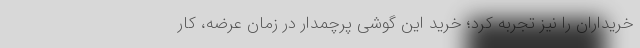
خریداران را نیز تجربه کرد؛ خرید این گوشی پرچمدار در زمان عرضه، کار